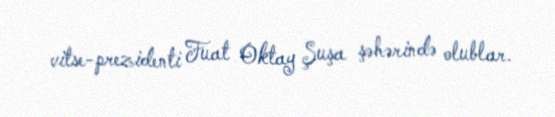
vitse-prezidenti Fuat Oktay Şuşa şəhərində olublar.